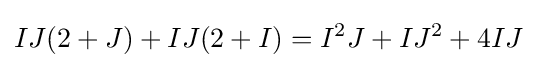
IJ(2+J)+IJ(2+I)=I^{2}J+IJ^{2}+4IJ